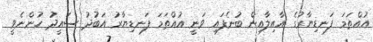
އުއްތަމަ ފަނޑިޔާރުގެ އާއިލާއިން ބުނެފައި ވަނީ އުއްތަމަ ފަނޑިޔާރު އަބުދު ސައީދު ހުންނެވީ